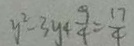
y ^ { 2 } - 3 y + \frac { 9 } { 4 } = \frac { 1 7 } { 4 }